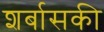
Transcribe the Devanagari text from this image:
शर्बासकी